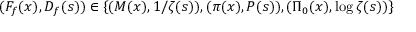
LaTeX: ( F _ { f } ( x ) , D _ { f } ( s ) ) \in \left\{ ( M ( x ) , 1 / \zeta ( s ) ) , ( \pi ( x ) , P ( s ) ) , ( \Pi _ { 0 } ( x ) , \log \zeta ( s ) ) \right\}